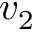
v _ { 2 }